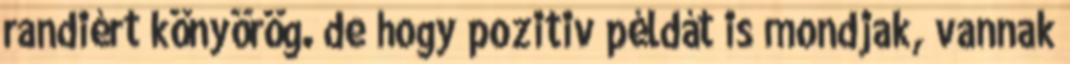
randiért könyörög. de hogy pozitiv példát is mondjak, vannak